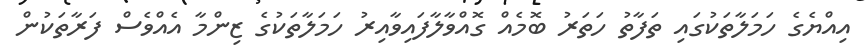
އިއްޔެގެ ހަމަލާތަކުގައި ތަފާތު ހަތަރު ބޮމެއް ގޮއްވާލާފައިވާއިރު ހަމަލާތަކުގެ ޒިންމާ އެއްވެސް ފަރާތަކުން